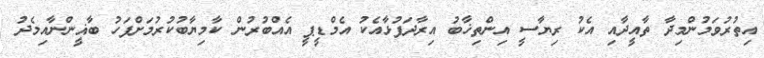
އިތުރުވަމުންމިދާ ތާއީދާއި އެކު ރިޔާސީ އިންތިޚާބު އިރާދަފުޅާއެކު އެމްޑީޕީ އެއްބުރުން ކާމިޔާބުކުރުމަށްފަހު ބާޣީންނާއިމެދު